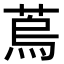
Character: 𦶀